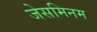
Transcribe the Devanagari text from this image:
जेसमिनम